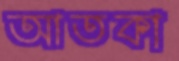
আতকা